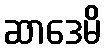
ဆာဒေမိ